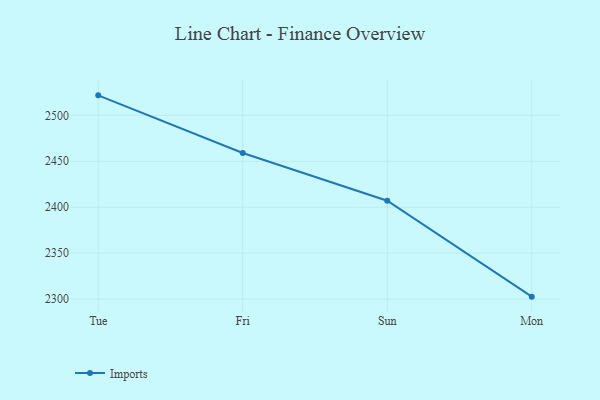
{"axis": {"x": "Day", "y": "Conversion Rate (%)"}, "legend": ["Imports"], "data": [{"x": "Tue", "y": 2521.8, "type": "Imports"}, {"x": "Fri", "y": 2459.0, "type": "Imports"}, {"x": "Sun", "y": 2407.0, "type": "Imports"}, {"x": "Mon", "y": 2302.6, "type": "Imports"}]}